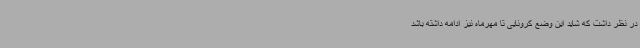
در نظر داشت که شاید این وضع کرونایی تا مهرماه نیز ادامه داشته باشد